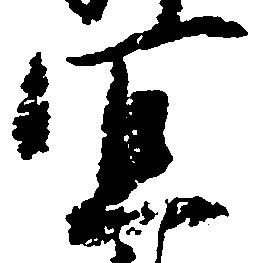
宜